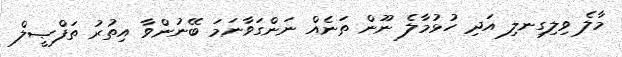
މާލެ ވިލިގިނލި އަދި ހުޅުމާލެ ނޫން ތަނެއް ނަންގަވާނަމަ ބޭނުންވާ އިތުރު ތަފްޞީލް